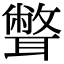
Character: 𦗥